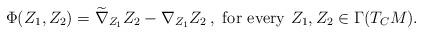
LaTeX: \begin{align*}\Phi(Z_1,Z_2)=\widetilde{\nabla}_{Z_1}Z_2-\nabla_{Z_1}Z_2\,,\,\,{\rm for\,\,every}\,\,Z_1,Z_2\in\Gamma(T_CM).\end{align*}